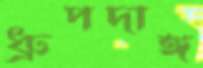
ধ্রুপদাঙ্গ